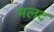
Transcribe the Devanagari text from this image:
मलद